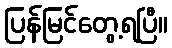
ပြန်မြင်တွေ့ရပြီ။